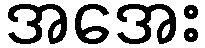
အအေး